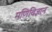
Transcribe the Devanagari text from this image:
मणिविज्ञान